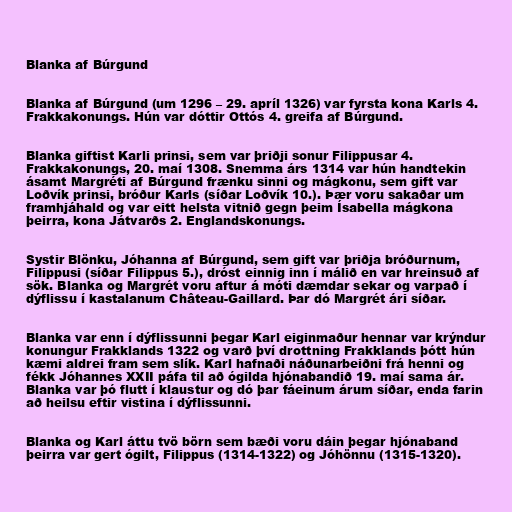
Blanka af Búrgund

Blanka af Búrgund (um 1296 – 29. apríl 1326) var fyrsta kona Karls 4.
Frakkakonungs. Hún var dóttir Ottós 4. greifa af Búrgund.

Blanka giftist Karli prinsi, sem var þriðji sonur Filippusar 4.
Frakkakonungs, 20. maí 1308. Snemma árs 1314 var hún handtekin
ásamt Margréti af Búrgund frænku sinni og mágkonu, sem gift var
Loðvík prinsi, bróður Karls (síðar Loðvík 10.). Þær voru sakaðar um
framhjáhald og var eitt helsta vitnið gegn þeim Ísabella mágkona
þeirra, kona Játvarðs 2. Englandskonungs.

Systir Blönku, Jóhanna af Búrgund, sem gift var þriðja bróðurnum,
Filippusi (síðar Filippus 5.), dróst einnig inn í málið en var hreinsuð af
sök. Blanka og Margrét voru aftur á móti dæmdar sekar og varpað í
dýflissu í kastalanum Château-Gaillard. Þar dó Margrét ári síðar.

Blanka var enn í dýflissunni þegar Karl eiginmaður hennar var krýndur
konungur Frakklands 1322 og varð því drottning Frakklands þótt hún
kæmi aldrei fram sem slík. Karl hafnaði náðunarbeiðni frá henni og
fékk Jóhannes XXII páfa til að ógilda hjónabandið 19. maí sama ár.
Blanka var þó flutt í klaustur og dó þar fáeinum árum síðar, enda farin
að heilsu eftir vistina í dýflissunni.

Blanka og Karl áttu tvö börn sem bæði voru dáin þegar hjónaband
þeirra var gert ógilt, Filippus (1314-1322) og Jóhönnu (1315-1320).